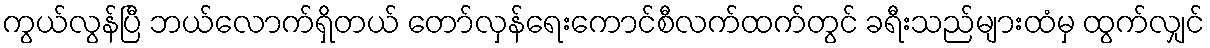
ကွယ်လွန်ပြီ ဘယ်လောက်ရှိတယ် တော်လှန်ရေးကောင်စီလက်ထက်တွင် ခရီးသည်များထံမှ ထွက်လျှင်